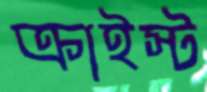
ক্রাইস্ট